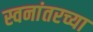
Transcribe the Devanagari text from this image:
स्वनांतरच्या